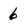
Character: 6